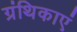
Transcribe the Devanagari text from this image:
ग्रंथिकाएं